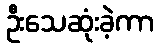
ဦးသေဆုံးခဲ့ကာ